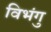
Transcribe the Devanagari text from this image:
विभंगु